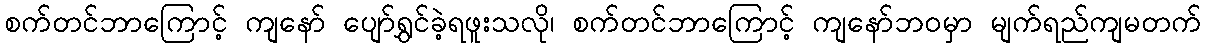
စက်တင်ဘာကြောင့် ကျနော် ပျော်ရွှင်ခဲ့ရဖူးသလို၊ စက်တင်ဘာကြောင့် ကျနော်ဘဝမှာ မျက်ရည်ကျမတက်